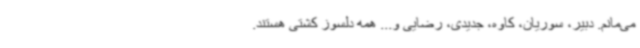
می‌مانم. دبیر، سوریان، کاوه، جدیدی، رضایی و... همه دلسوز کشتی هستند.